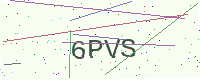
Text: 6PVS